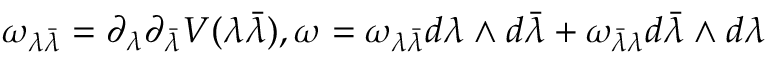
{ \omega _ { \lambda { \bar { \lambda } } } } = { \partial _ { \lambda } } { \partial _ { \bar { \lambda } } } V ( \lambda { \bar { \lambda } } ) , \omega = { \omega _ { \lambda { \bar { \lambda } } } } d \lambda \wedge d { \bar { \lambda } } + { \omega _ { { \bar { \lambda } } { \lambda } } } d { \bar { \lambda } } \wedge d { \lambda }